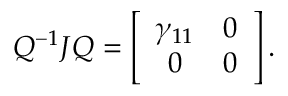
\begin{array} { r } { Q ^ { - 1 } J Q = \left[ { \begin{array} { c c } { \gamma _ { 1 1 } } & { 0 } \\ { 0 } & { 0 } \end{array} } \right] . } \end{array}